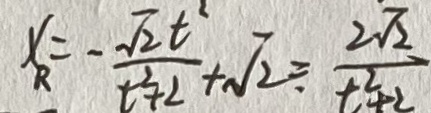
X _ { R } = - \frac { \sqrt { 2 } t ^ { 2 } } { t ^ { 2 } + 2 } + \sqrt { 2 } \div \frac { 2 \sqrt { 2 } } { t ^ { 2 } + 2 }